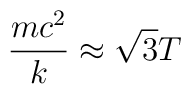
\frac{mc^2}{k} \approx \sqrt{3}T